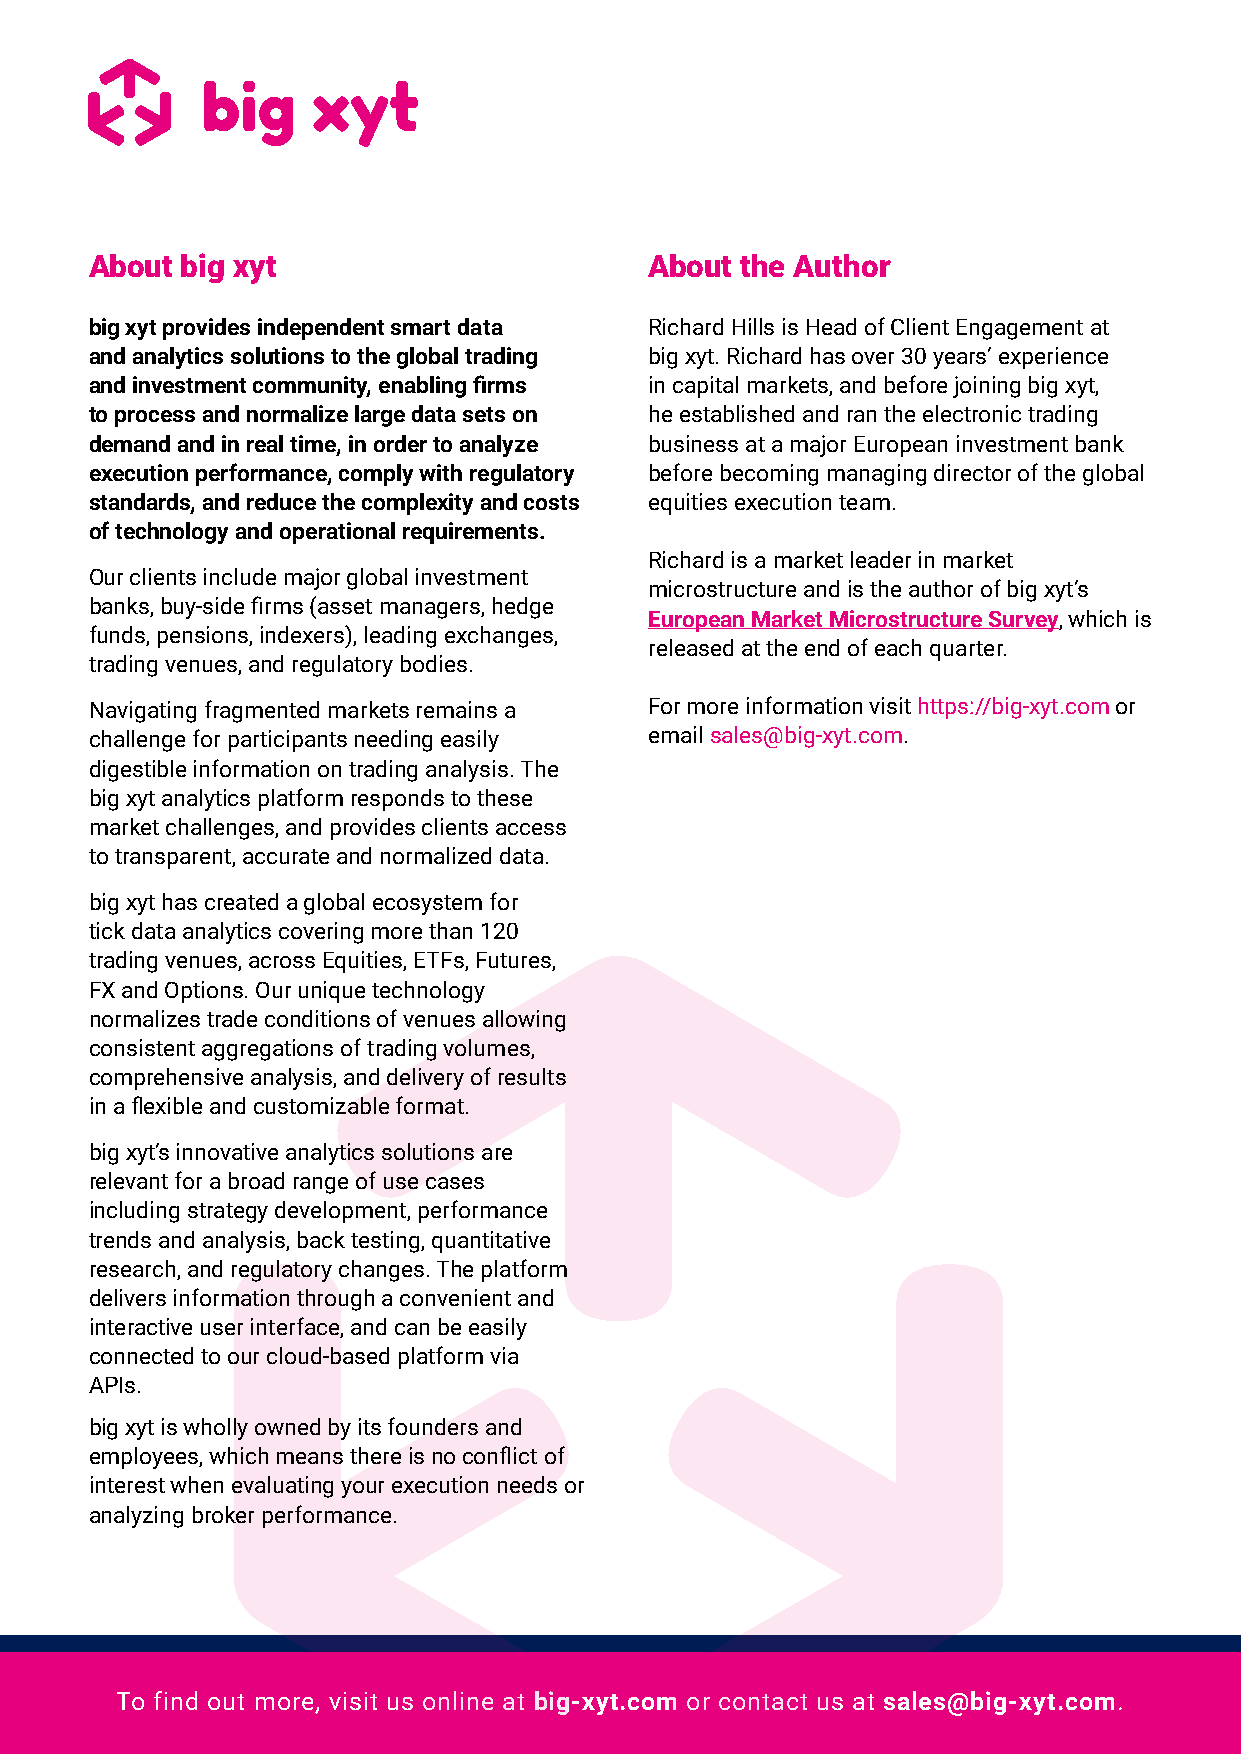
About big xyt                        About the Author
 big xyt provides independent smart data Richard Hills is Head of Client Engagement at
 and analytics solutions to the global trading big xyt. Richard has over 30 years’ experience
 and investment community, enabling firms in capital markets, and before joining big xyt,
 to process and normalize large data sets on he established and ran the electronic trading
 demand and in real time, in order to analyze business at a major European investment bank
 execution performance, comply with regulatory before becoming managing director of the global
 standards, and reduce the complexity and costs equities execution team.
 of technology and operational requirements.
 Richard is a market leader in market
 Our clients include major global investment
 microstructure and is the author of big xyt’s
 banks, buy-side firms (asset managers, hedge
 European Market Microstructure Survey, which is
 funds, pensions, indexers), leading exchanges,
 released at the end of each quarter.
 trading venues, and regulatory bodies.
 Navigating fragmented markets remains a For more information visit https://big-xyt.com or
 challenge for participants needing easily email sales@big-xyt.com.
 digestible information on trading analysis. The
 big xyt analytics platform responds to these
 market challenges, and provides clients access
 to transparent, accurate and normalized data.
 big xyt has created a global ecosystem for
 tick data analytics covering more than 120
 trading venues, across Equities, ETFs, Futures,
 FX and Options. Our unique technology
 normalizes trade conditions of venues allowing
 consistent aggregations of trading volumes,
 comprehensive analysis, and delivery of results
 in a flexible and customizable format.
 big xyt’s innovative analytics solutions are
 relevant for a broad range of use cases
 including strategy development, performance
 trends and analysis, back testing, quantitative
 research, and regulatory changes. The platform
 delivers information through a convenient and
 interactive user interface, and can be easily
 connected to our cloud-based platform via
 APIs.
 big xyt is wholly owned by its founders and
 employees, which means there is no conflict of
 interest when evaluating your execution needs or
 analyzing broker performance.
 To find out more, visit us online at big-xyt.com or contact us at sales@big-xyt.com.